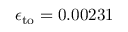
\epsilon _ { \mathrm { t o } } = 0 . 0 0 2 3 1